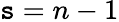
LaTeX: \mathtt{s}=n-1